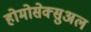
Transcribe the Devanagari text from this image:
होमोसेक्सुअल